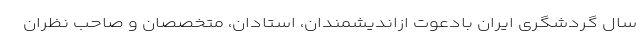
سال گردشگری ایران بادعوت ازاندیشمندان، استادان، متخصصان و صاحب نظران